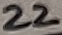
Text: 22